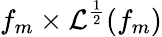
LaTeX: f_{m}\times\mathcal{L}^{\frac{1}{2}}(f_{m})